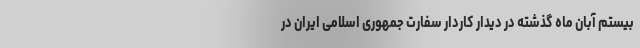
بیستم آبان ماه گذشته در دیدار کاردار سفارت جمهوری اسلامی ایران در